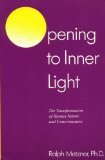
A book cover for Opening to Inner Light: The Transformation of Human Nature and Consciousness; Ralph Metzner; Self-Help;